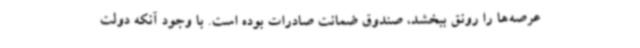
عرصه‌ها را رونق ببخشد، صندوق ضمانت صادرات بوده است. با وجود آنکه دولت